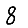
Digit: 8